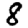
Digit: 8